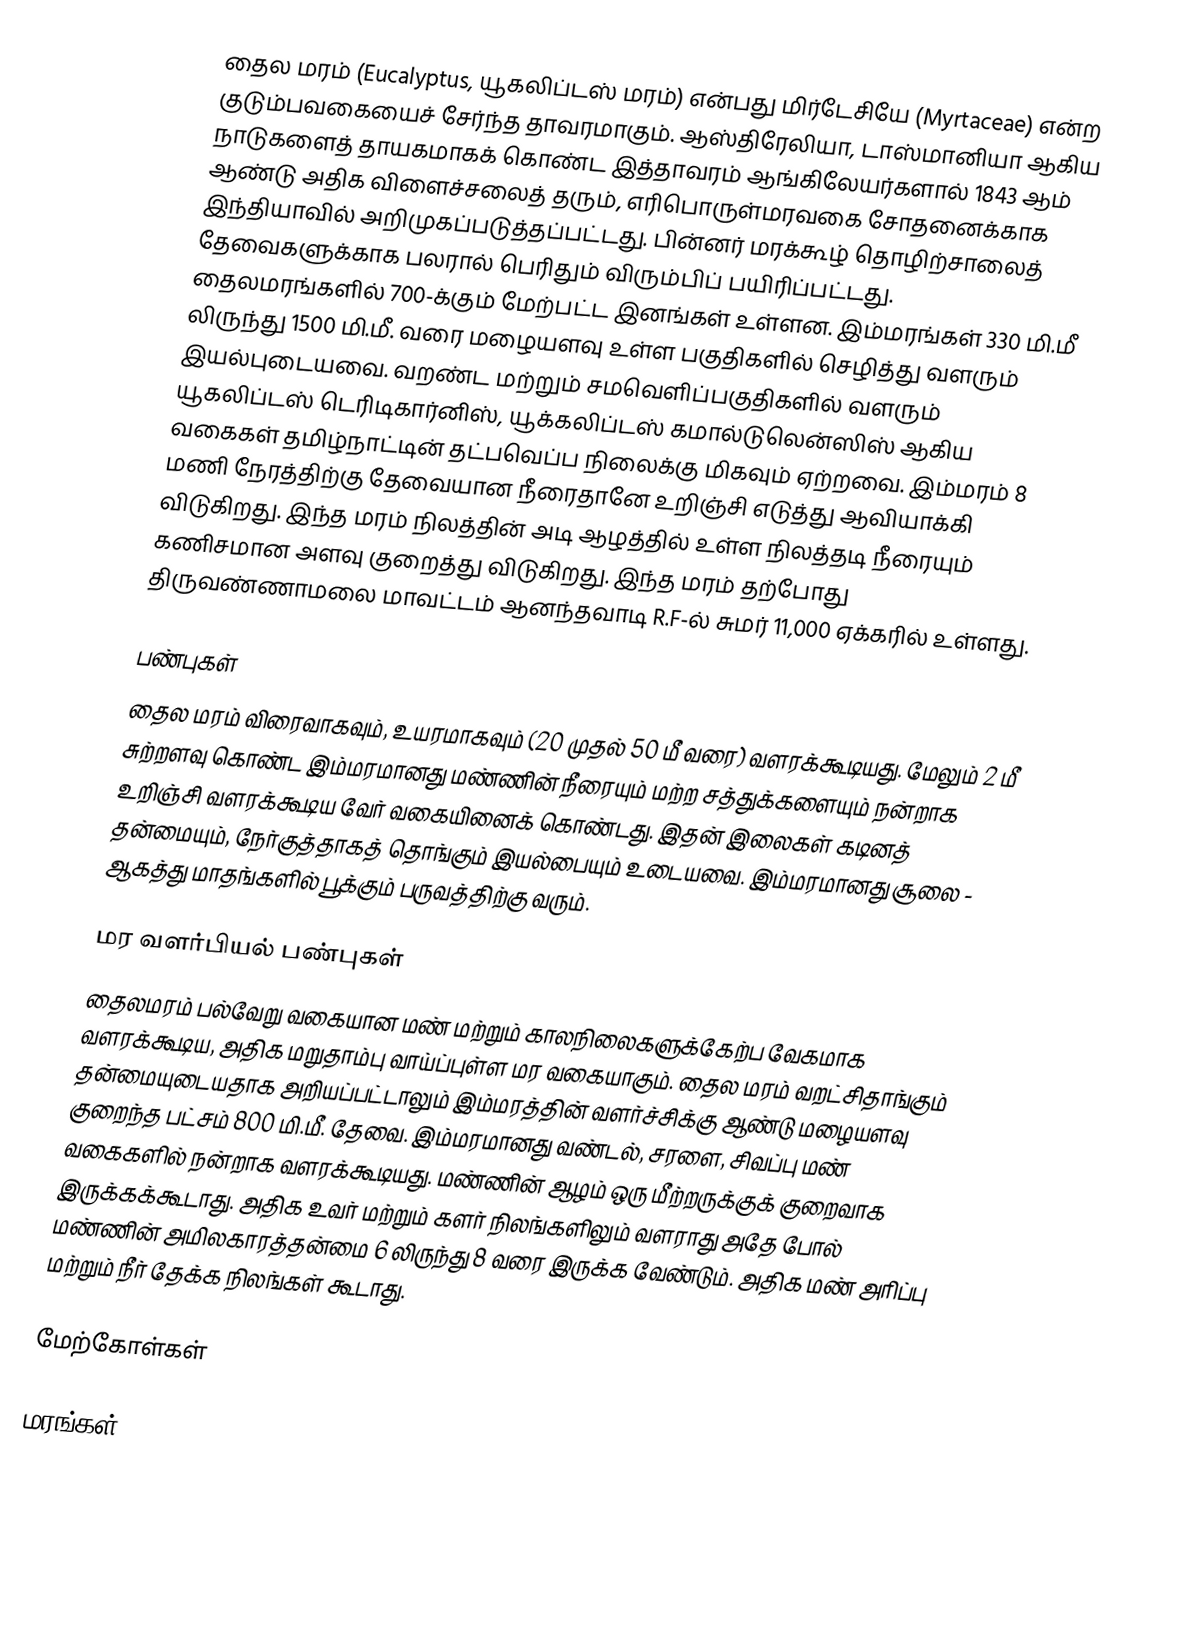
தைல மரம் (Eucalyptus, யூகலிப்டஸ் மரம்) என்பது மிர்டேசியே (Myrtaceae) என்ற குடும்பவகையைச் சேர்ந்த தாவரமாகும். ஆஸ்திரேலியா, டாஸ்மானியா ஆகிய நாடுகளைத் தாயகமாகக் கொண்ட இத்தாவரம் ஆங்கிலேயர்களால் 1843 ஆம் ஆண்டு அதிக விளைச்சலைத் தரும், எரிபொருள்மரவகை சோதனைக்காக இந்தியாவில் அறிமுகப்படுத்தப்பட்டது. பின்னர் மரக்கூழ் தொழிற்சாலைத் தேவைகளுக்காக பலரால் பெரிதும் விரும்பிப் பயிரிப்பட்டது. தைலமரங்களில் 700-க்கும் மேற்பட்ட இனங்கள் உள்ளன. இம்மரங்கள் 330 மி.மீ லிருந்து 1500 மி.மீ. வரை மழையளவு உள்ள பகுதிகளில் செழித்து வளரும் இயல்புடையவை. வறண்ட மற்றும் சமவெளிப்பகுதிகளில் வளரும் யூகலிப்டஸ் டெரிடிகார்னிஸ், யூக்கலிப்டஸ் கமால்டுலென்ஸிஸ் ஆகிய வகைகள் தமிழ்நாட்டின் தட்பவெப்ப நிலைக்கு மிகவும் ஏற்றவை. இம்மரம் 8 மணி நேரத்திற்கு தேவையான நீரைதானே உறிஞ்சி எடுத்து ஆவியாக்கி விடுகிறது. இந்த மரம் நிலத்தின் அடி ஆழத்தில் உள்ள நிலத்தடி நீரையும் கணிசமான அளவு குறைத்து விடுகிறது. இந்த மரம் தற்போது திருவண்ணாமலை மாவட்டம் ஆனந்தவாடி R.F-ல் சுமர் 11,000 ஏக்கரில் உள்ளது.

பண்புகள்
தைல மரம் விரைவாகவும், உயரமாகவும் (20 முதல் 50 மீ வரை) வளரக்கூடியது. மேலும் 2 மீ சுற்றளவு கொண்ட இம்மரமானது மண்ணின் நீரையும் மற்ற சத்துக்களையும் நன்றாக உறிஞ்சி வளரக்கூடிய வேர் வகையினைக் கொண்டது. இதன் இலைகள் கடினத் தன்மையும், நேர்குத்தாகத் தொங்கும் இயல்பையும் உடையவை. இம்மரமானது சூலை - ஆகத்து மாதங்களில் பூக்கும் பருவத்திற்கு வரும்.

மர வளர்பியல் பண்புகள்
தைலமரம் பல்வேறு வகையான மண் மற்றும் காலநிலைகளுக்கேற்ப வேகமாக வளரக்கூடிய, அதிக மறுதாம்பு வாய்ப்புள்ள மர வகையாகும். தைல மரம் வறட்சிதாங்கும் தன்மையுடையதாக அறியப்பட்டாலும் இம்மரத்தின் வளர்ச்சிக்கு ஆண்டு மழையளவு குறைந்த பட்சம் 800 மி.மீ. தேவை. இம்மரமானது வண்டல், சரளை, சிவப்பு மண் வகைகளில் நன்றாக வளரக்கூடியது. மண்ணின் ஆழம் ஒரு மீற்றருக்குக் குறைவாக இருக்கக்கூடாது. அதிக உவர் மற்றும் களர் நிலங்களிலும் வளராது அதே போல் மண்ணின் அமிலகாரத்தன்மை 6 லிருந்து 8 வரை இருக்க வேண்டும். அதிக மண் அரிப்பு மற்றும் நீர் தேக்க நிலங்கள் கூடாது.

மேற்கோள்கள்

மரங்கள்